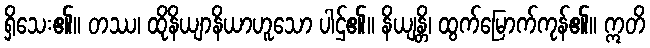
ရှိသေး၏။ တဿ၊ ထိုနိယျာနိယာဟူသော ပါဌ်၏။ နိယျန္တိ၊ ထွက်မြောက်ကုန်၏။ ဣတိ